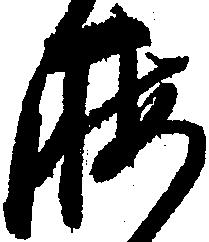
晦